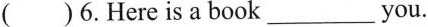
( )6.Here is a book___you.